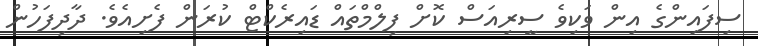
ސިފައިންގެ އިން ވަކިވެ ސީރިއަސް ކޮށް ފިލްމްތައް ޑައިރެކްޓް ކުރަން ފެށިއެވެ. ދާދިފަހުން